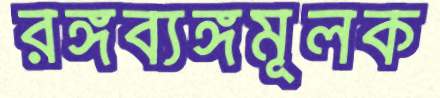
রঙ্গব্যঙ্গমূলক